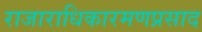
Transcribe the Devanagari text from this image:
राजाराधिकारमणप्रसाद